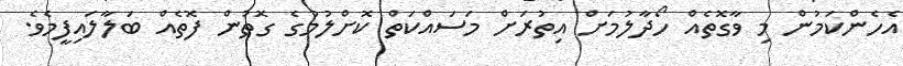
އެހެންކަމުން މި ވާގޮތެއް ހޯދާލުމަށް އިތުރަށް މަސައްކަތް ކޮށްލުމުގެ ގޮތުން ފޮތެއް ބަލާލައިފީމެވެ.